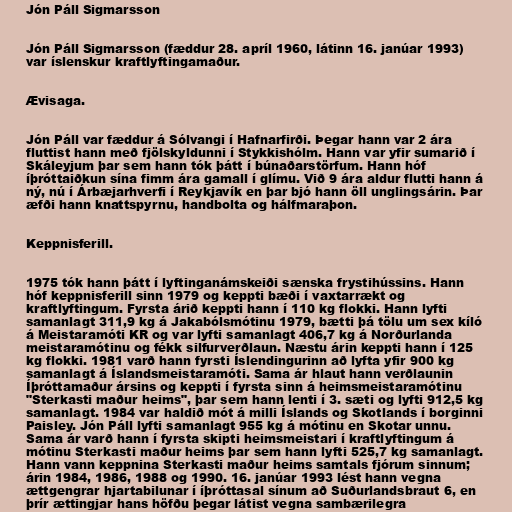
Jón Páll Sigmarsson

Jón Páll Sigmarsson (fæddur 28. apríl 1960, látinn 16. janúar 1993)
var íslenskur kraftlyftingamaður.

Ævisaga.

Jón Páll var fæddur á Sólvangi í Hafnarfirði. Þegar hann var 2 ára
fluttist hann með fjölskyldunni í Stykkishólm. Hann var yfir sumarið í
Skáleyjum þar sem hann tók þátt í búnaðarstörfum. Hann hóf
íþróttaiðkun sína fimm ára gamall í glímu. Við 9 ára aldur flutti hann á
ný, nú í Árbæjarhverfi í Reykjavík en þar bjó hann öll unglingsárin. Þar
æfði hann knattspyrnu, handbolta og hálfmaraþon.

Keppnisferill.

1975 tók hann þátt í lyftinganámskeiði sænska frystihússins. Hann
hóf keppnisferill sinn 1979 og keppti bæði í vaxtarrækt og
kraftlyftingum. Fyrsta árið keppti hann í 110 kg flokki. Hann lyfti
samanlagt 311,9 kg á Jakabólsmótinu 1979, bætti þá tölu um sex kíló
á Meistaramóti KR og var lyfti samanlagt 406,7 kg á Norðurlanda
meistaramótinu og fékk silfurverðlaun. Næstu árin keppti hann í 125
kg flokki. 1981 varð hann fyrsti Íslendingurinn að lyfta yfir 900 kg
samanlagt á Íslandsmeistaramóti. Sama ár hlaut hann verðlaunin
Íþróttamaður ársins og keppti í fyrsta sinn á heimsmeistaramótinu
"Sterkasti maður heims", þar sem hann lenti í 3. sæti og lyfti 912,5 kg
samanlagt. 1984 var haldið mót á milli Íslands og Skotlands í borginni
Paisley. Jón Páll lyfti samanlagt 955 kg á mótinu en Skotar unnu.
Sama ár varð hann í fyrsta skipti heimsmeistari í kraftlyftingum á
mótinu Sterkasti maður heims þar sem hann lyfti 525,7 kg samanlagt.
Hann vann keppnina Sterkasti maður heims samtals fjórum sinnum;
árin 1984, 1986, 1988 og 1990. 16. janúar 1993 lést hann vegna
ættgengrar hjartabilunar í íþróttasal sínum að Suðurlandsbraut 6, en
þrír ættingjar hans höfðu þegar látist vegna sambærilegra